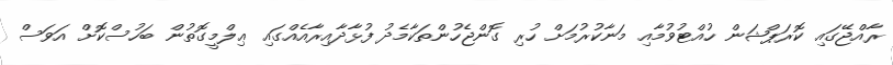
ރާއްޖޭގައި ކޮރަޕްޝަން ހުއްޓުވުމާއި މަނާކުރުމަށް ހުރި ގޮންޖެހުންތަކާމެދު ފުޅާދާއިރާއެއްގައި ޢިލްމީގޮތުން ބަހުސްކޮށް އަވަސް